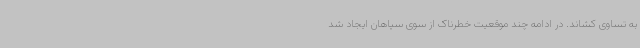
به تساوی کشاند. در ادامه چند موقعیت خطرناک از سوی سپاهان ایجاد شد